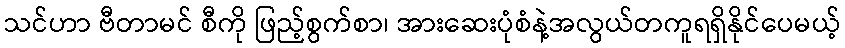
သင်ဟာ ဗီတာမင် စီကို ဖြည့်စွက်စာ၊ အားဆေးပုံစံနဲ့အလွယ်တကူရရှိနိုင်ပေမယ့်